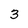
Character: 3